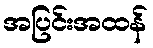
အပြင်းအထန်